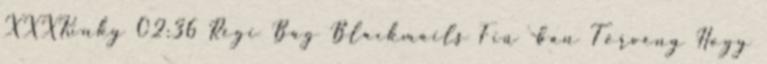
XXXKinky 02:36 Régi Bag Blackmails Fiú -ban Törvény Hogy